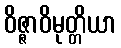
ဝိဇ္ဇာဝိမုတ္တိယာ